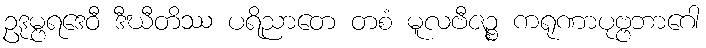
ဥဒုမ္ဗရဒေဝီ ဒီဃီတိဿ ပရိညာတေ တစံ မူလဗီဇဉ္စ ကရုဏာပုဗ္ဗဘာဂေါ